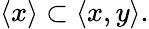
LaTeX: \langle x\rangle\subset\langle x,y\rangle.